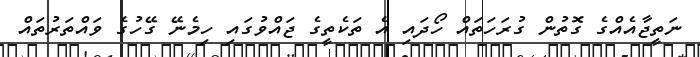
ނަތީޖާއެއްގެ ގޮތުން ގުރަހަތައް ހޯދައި އެ ތަކެތީގެ ޖައްވުގައި ހިމެނޭ ގޭހުގެ ވައްތަރުތައް